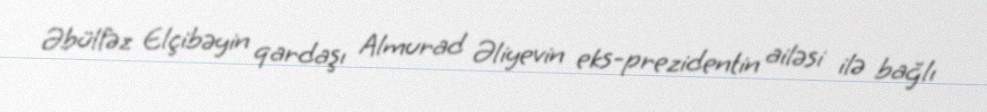
Əbülfəz Elçibəyin qardaşı Almurad Əliyevin eks-prezidentin ailəsi ilə bağlı